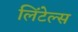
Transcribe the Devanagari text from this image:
लिंटेल्स